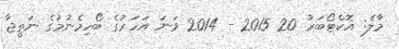
މާލެ: އޮކްޓޯބަރު 20 2015 - 2014 ވަނަ އަހަރުގެ ބޯހިމެނުމުގެ ނަތީޖާ